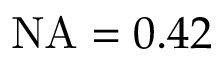
\mathrm { N A } = 0 . 4 2